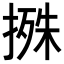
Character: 𢲬